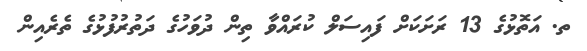
ތ. އަތޮޅުގެ 13 ރަށަކަށް ފައިސަލް ކުރައްވާ ތިން ދުވަހުގެ ދަތުރުފުޅުގެ ތެރެއިން